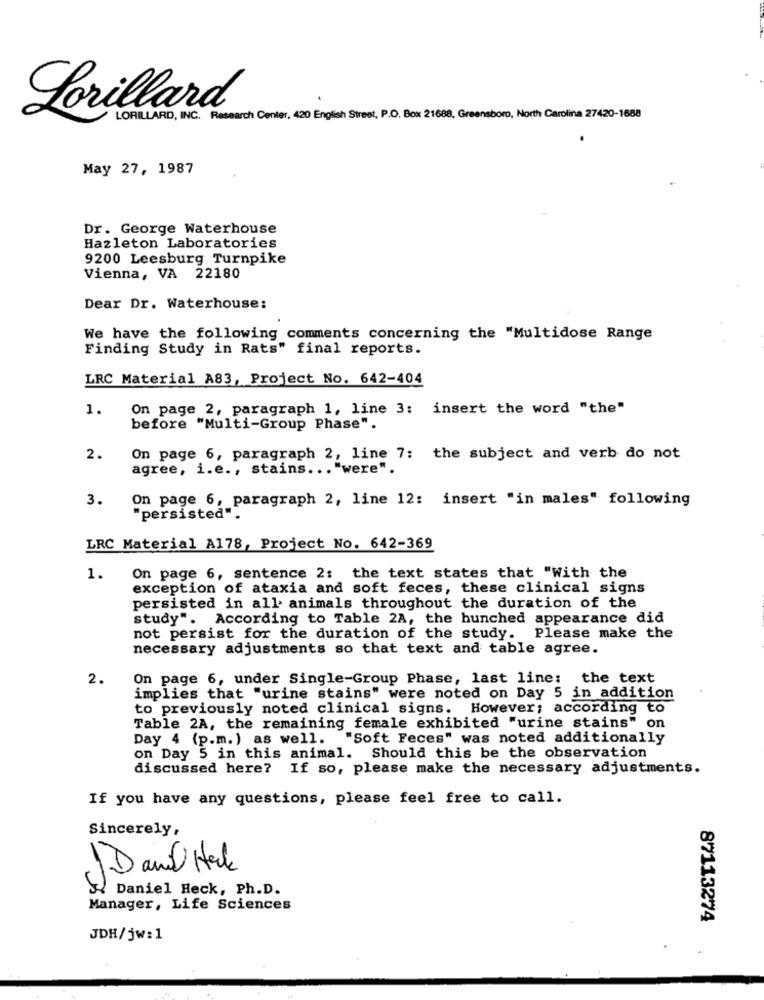
Lorillard
LORILLARD, INC. Research Center, 420 English Street, P.O. Box 21688, Greensboro, North Carolina 27420-1688
May 27, 1987
Dr. George Waterhouse
Hazleton Laboratories
9200 Leesburg Turnpike
Vienna, VA 22180
Dear Dr. Waterhouse:
We have the following comments concerning the "Multidose Range
Finding Study in Rats" final reports.
LRC Material A83, Project No. 642-404
1.
On page 2, paragraph 1, line 3:
insert the word "the"
before "Multi-Group Phase".
2.
On page 6, paragraph 2, line 7: the subject and verb do not
agree, i.e ., stains ... "were".
3.
On page 6, paragraph 2, line 12: insert "in males" following
"persisted".
LRC Material A178, Project No. 642-369
1.
On page 6, sentence 2: the text states that "With the
exception of ataxia and soft feces, these clinical signs
persisted in all animals throughout the duration of the
study". According to Table 2A, the hunched appearance did
not persist for the duration of the study. Please make the
necessary adjustments so that text and table agree.
2.
On page 6, under Single-Group Phase, last line: the text
implies that "urine stains" were noted on Day 5 in addition
to previously noted clinical signs. However; according to
Table 2A, the remaining female exhibited "urine stains" on
Day 4 (p.m.) as well. "Soft Feces" was noted additionally
on Day 5 in this animal. Should this be the observation
discussed here? If so, please make the necessary adjustments.
If you have any questions, please feel free to call.
Sincerely,
. Daniel Heck, Ph.D.
Manager, Life Sciences
87113274
JDH/jw:1